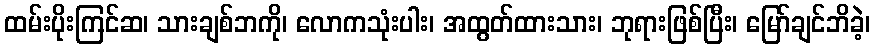
ထမ်းပိုးကြင်ဆ၊ သားချစ်ဘကို၊ လောကသုံးပါး၊ အထွတ်ထားသား၊ ဘုရားဖြစ်ပြီး၊ မြော်ချင်ဘိခဲ့၊